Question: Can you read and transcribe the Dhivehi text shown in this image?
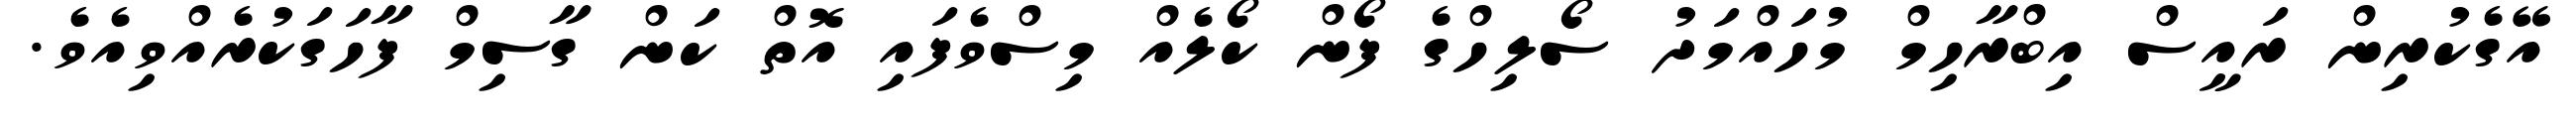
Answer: އޭގެކުރިން ރައީސް އިބްރާހިމް މުހައްމަދު ސޯލިހްގެ ފޯން ކޯލެއް މިސްވެފައި އޮތް ކަން ގާސިމް ފާހަގަކުރެއްވިއެވެ.